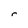
Character: r